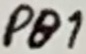
Text: PB1